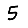
Digit: 5